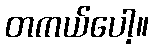
တကယ်ပေါ့။